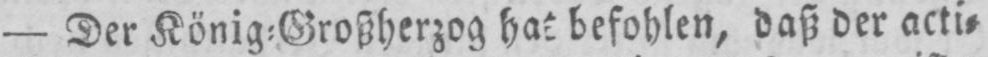
- Der König⸗Großherzog hat befohlen, daß der acti⸗